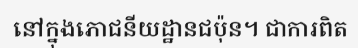
នៅក្នុងភោជនីយដ្ឋានជប៉ុន។ ជាការពិត